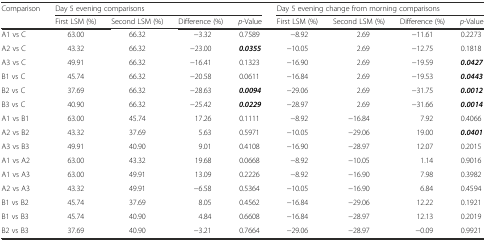
<table><thead><tr><td rowspan="2"><b>Comparison</b></td><td colspan="4"><b>Day 5 evening comparisons</b></td><td colspan="4"><b>Day 5 evening change from morning comparisons</b></td></tr><tr><td><b>First LSM (%)</b></td><td><b>Second LSM (%)</b></td><td><b>Difference (%)</b></td><td><b><i>p</i>-Value</b></td><td><b>First LSM (%)</b></td><td><b>Second LSM (%)</b></td><td><b>Difference (%)</b></td><td><b><i>p</i>-Value</b></td></tr></thead><tbody><tr><td>A1 vs C</td><td>63.00</td><td>66.32</td><td>−3.32</td><td>0.7589</td><td>−8.92</td><td>2.69</td><td>−11.61</td><td>0.2273</td></tr><tr><td>A2 vs C</td><td>43.32</td><td>66.32</td><td>−23.00</td><td><b><i>0.0355</i></b></td><td>−10.05</td><td>2.69</td><td>−12.75</td><td>0.1818</td></tr><tr><td>A3 vs C</td><td>49.91</td><td>66.32</td><td>−16.41</td><td>0.1323</td><td>−16.90</td><td>2.69</td><td>−19.59</td><td><b><i>0.0427</i></b></td></tr><tr><td>B1 vs C</td><td>45.74</td><td>66.32</td><td>−20.58</td><td>0.0611</td><td>−16.84</td><td>2.69</td><td>−19.53</td><td><b><i>0.0443</i></b></td></tr><tr><td>B2 vs C</td><td>37.69</td><td>66.32</td><td>−28.63</td><td><b><i>0.0094</i></b></td><td>−29.06</td><td>2.69</td><td>−31.75</td><td><b><i>0.0012</i></b></td></tr><tr><td>B3 vs C</td><td>40.90</td><td>66.32</td><td>−25.42</td><td><b><i>0.0229</i></b></td><td>−28.97</td><td>2.69</td><td>−31.66</td><td><b><i>0.0014</i></b></td></tr><tr><td>A1 vs B1</td><td>63.00</td><td>45.74</td><td>17.26</td><td>0.1111</td><td>−8.92</td><td>−16.84</td><td>7.92</td><td>0.4066</td></tr><tr><td>A2 vs B2</td><td>43.32</td><td>37.69</td><td>5.63</td><td>0.5971</td><td>−10.05</td><td>−29.06</td><td>19.00</td><td><b><i>0.0401</i></b></td></tr><tr><td>A3 vs B3</td><td>49.91</td><td>40.90</td><td>9.01</td><td>0.4108</td><td>−16.90</td><td>−28.97</td><td>12.07</td><td>0.2015</td></tr><tr><td>A1 vs A2</td><td>63.00</td><td>43.32</td><td>19.68</td><td>0.0668</td><td>−8.92</td><td>−10.05</td><td>1.14</td><td>0.9016</td></tr><tr><td>A1 vs A3</td><td>63.00</td><td>49.91</td><td>13.09</td><td>0.2226</td><td>−8.92</td><td>−16.90</td><td>7.98</td><td>0.3982</td></tr><tr><td>A2 vs A3</td><td>43.32</td><td>49.91</td><td>−6.58</td><td>0.5364</td><td>−10.05</td><td>−16.90</td><td>6.84</td><td>0.4594</td></tr><tr><td>B1 vs B2</td><td>45.74</td><td>37.69</td><td>8.05</td><td>0.4562</td><td>−16.84</td><td>−29.06</td><td>12.22</td><td>0.1921</td></tr><tr><td>B1 vs B3</td><td>45.74</td><td>40.90</td><td>4.84</td><td>0.6608</td><td>−16.84</td><td>−28.97</td><td>12.13</td><td>0.2019</td></tr><tr><td>B2 vs B3</td><td>37.69</td><td>40.90</td><td>−3.21</td><td>0.7664</td><td>−29.06</td><td>−28.97</td><td>−0.09</td><td>0.9921</td></tr></tbody></table>